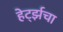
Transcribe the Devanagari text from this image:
हेर्ट्झचा